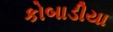
કોબાડીયા